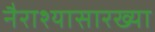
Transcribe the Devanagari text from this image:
नैराश्यासारख्या